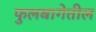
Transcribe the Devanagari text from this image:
फुलबागेतील